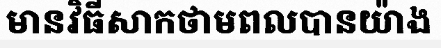
មានវិធីសាកថាមពលបានយ៉ាង